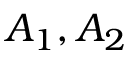
A _ { 1 } , A _ { 2 }